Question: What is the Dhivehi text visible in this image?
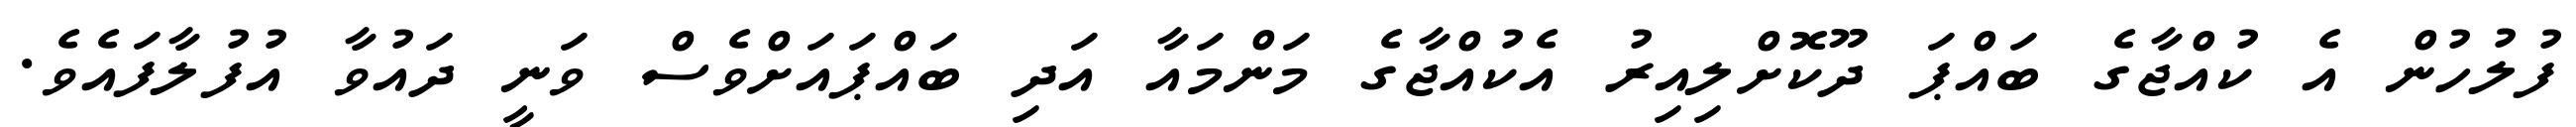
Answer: ފުލުހުން އެ ކުއްޖާގެ ބައްޕަ ދޫކޮށްލިއިރު އެކުއްޖާގެ މަންމައާ އަދި ބައްޕައަށްވެސް ވަނީ ދައުވާ އުފުލާފައެވެ.